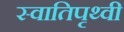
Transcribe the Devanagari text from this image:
स्वातिपृथ्वी